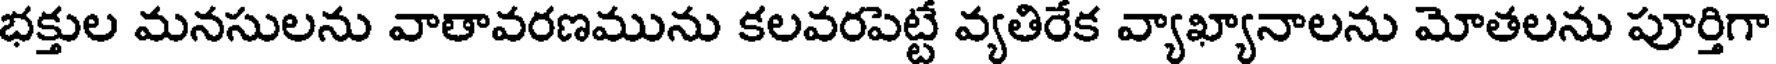
భక్తుల మనసులను వాతావరణమును కలవరపెట్టే వ్యతిరేక వ్యాఖ్యానాలను మోతలను పూర్తిగా